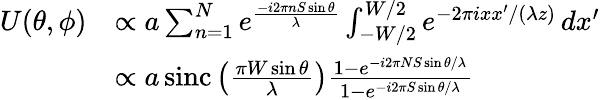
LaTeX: {\begin{array}{rl}{U(\theta,\phi)}&{\propto a\sum_{n=1}^{N}e^{\frac{-i2\pi nS\sin\theta}{\lambda}}\int_{-W/2}^{W/2}e^{{-2\pi ixx^{\prime}}/(\lambda z)}\, dx^{\prime}}\\ &{\propto a\operatorname{sinc}\left({\frac{\pi W\sin\theta}{\lambda}}\right){\frac{1-e^{-i2\pi NS\sin\theta/\lambda}}{1-e^{-i2\pi S\sin\theta/\lambda}}}}\end{array}}